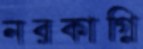
নরকাগ্নি